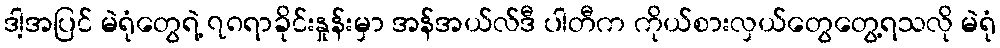
ဒါ့အပြင် မဲရုံတွေရဲ့ ၇၈ရာခိုင်းနှုန်းမှာ အန်အယ်လ်ဒီ ပါတီက ကိုယ်စားလှယ်တွေတွေ့ရသလို မဲရုံ